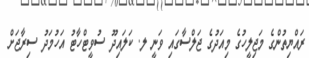
ރައްޔިތުންގެ މަޖިލީހުގެ މިއަދުގެ ޖަލްސާގައި ވަނީ ލ. ކަލައިދޫ ސުވީޓްހާޓު އަހުމަދު ސިރާޖަށް